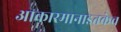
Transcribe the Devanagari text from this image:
आकारमानाइतकेच